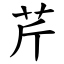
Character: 芹